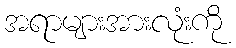
အရာများအားလုံးကို